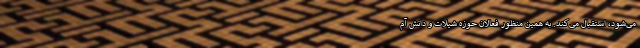
می‌شود، استقبال می‌کند. به همین منظور فعالان حوزه شیلات و دانش آم